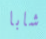
شابا